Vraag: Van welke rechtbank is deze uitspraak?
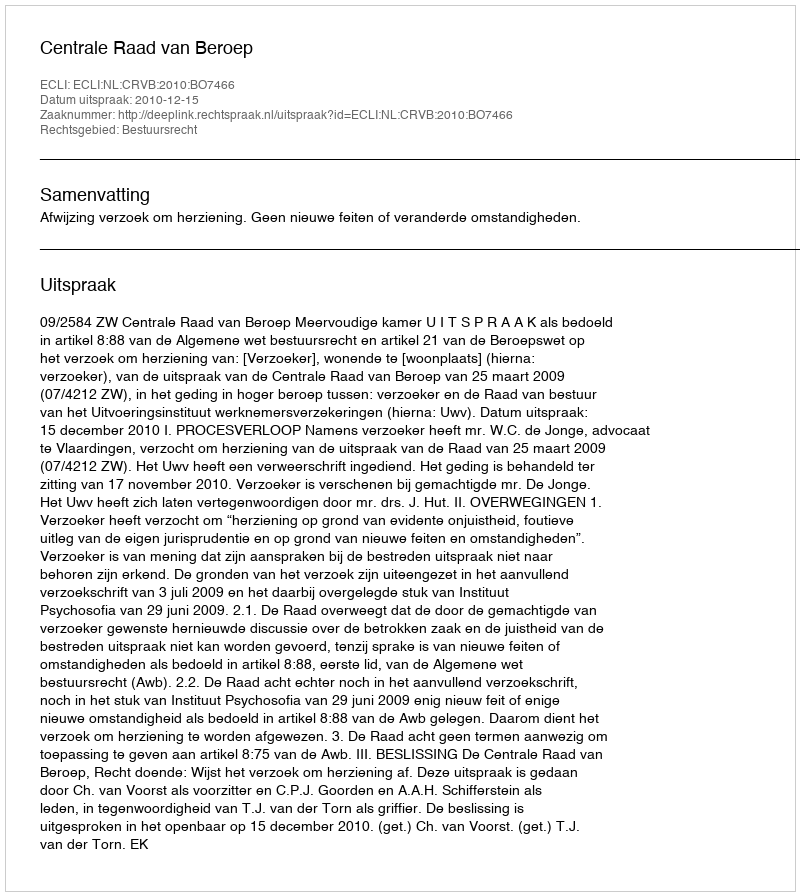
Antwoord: Centrale Raad van Beroep